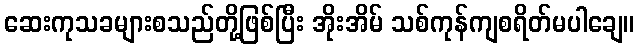
ဆေးကုသခများစသည်တို့ဖြစ်ပြီး အိုးအိမ် သစ်ကုန်ကျစရိတ်မပါချေ။